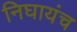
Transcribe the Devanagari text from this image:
निघायंच